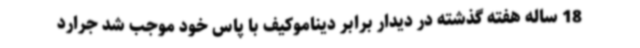
18 ساله هفته گذشته در دیدار برابر دیناموکیف با پاس خود موجب شد جرارد